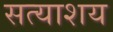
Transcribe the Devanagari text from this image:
सत्याशय